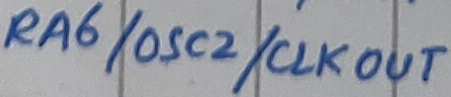
Text: RA6/OSC2/CLKOUT